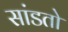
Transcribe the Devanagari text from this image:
सांडतो